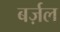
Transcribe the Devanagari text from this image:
बर्ज़ल